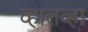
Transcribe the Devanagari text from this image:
व्हालव्हा